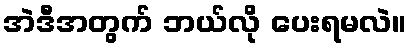
အဲဒီအတွက် ဘယ်လို ပေးရမလဲ။